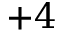
{ + 4 }